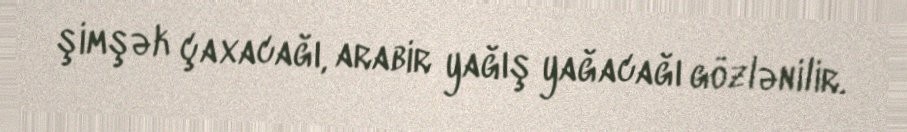
şimşək çaxacağı, arabir yağış yağacağı gözlənilir.